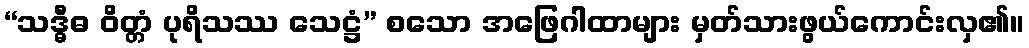
“သဒ္ဓီဓ ဝိတ္တံ ပုရိသဿ သေဋ္ဌံ” စသော အဖြေဂါထာများ မှတ်သားဖွယ်ကောင်းလှ၏။